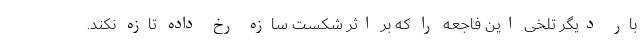
بار دیگر تلخی این فاجعه را که بر اثر شکست سازه رخ داده تازه نکند.